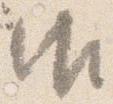
御